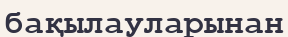
бақылауларынан